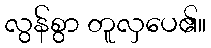
လွန်စွာ တူလှပေ၏။